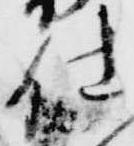
仕